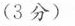
(3分)